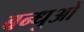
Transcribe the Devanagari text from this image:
बन्धुओँ